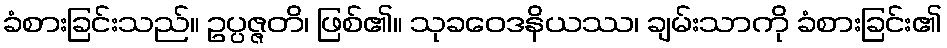
ခံစားခြင်းသည်။ ဥပ္ပဇ္ဇတိ၊ ဖြစ်၏။ သုခဝေဒနိယဿ၊ ချမ်းသာကို ခံစားခြင်း၏